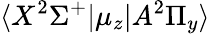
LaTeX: \langle X^{2}\Sigma^{+}|\mu_{z}|A^{2}\Pi_{y}\rangle